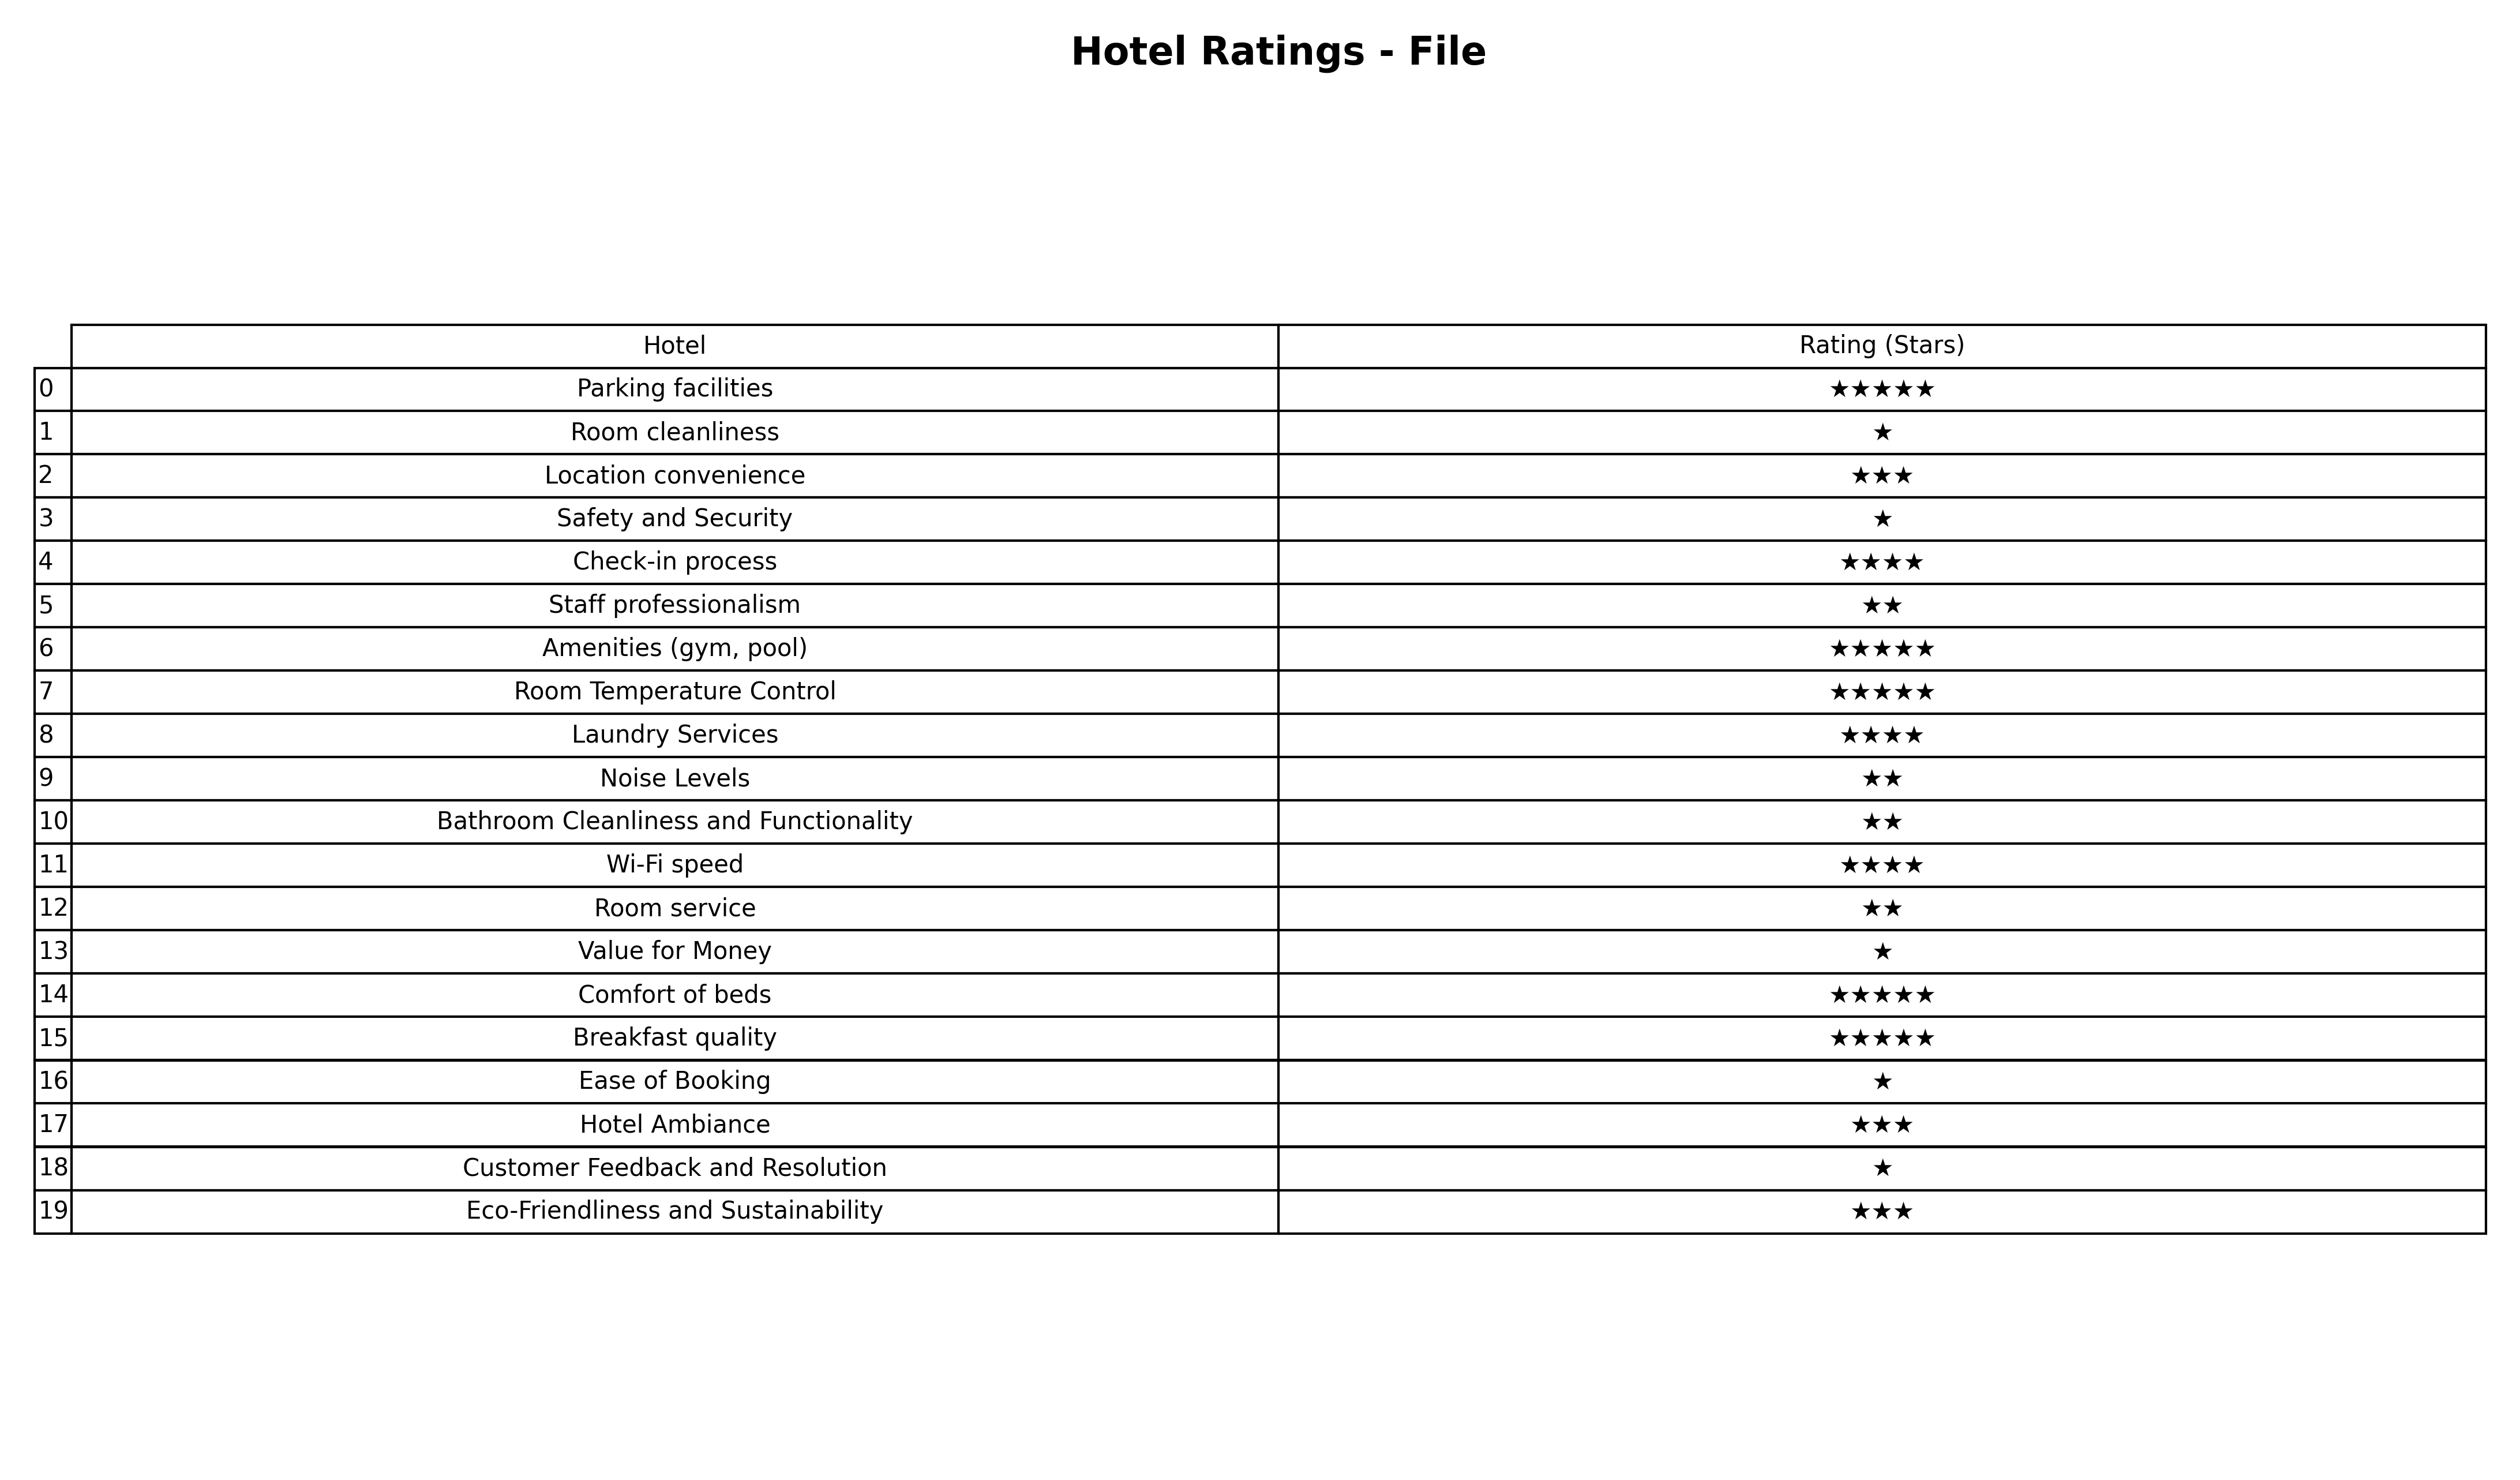
question: What is the rating of Bathroom Cleanliness and Functionality?
answer: ★★